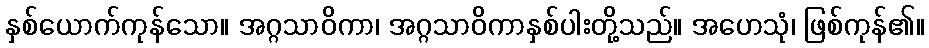
နှစ်ယောက်ကုန်သော။ အဂ္ဂသာဝိကာ၊ အဂ္ဂသာဝိကာနှစ်ပါးတို့သည်။ အဟေသုံ၊ ဖြစ်ကုန်၏။